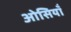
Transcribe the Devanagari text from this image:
ओसियाँ